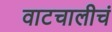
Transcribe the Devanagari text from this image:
वाटचालीचं